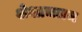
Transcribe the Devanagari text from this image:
शेशाचलम